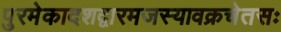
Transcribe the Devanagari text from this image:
पुरमेकादशद्वारमजस्यावक्रचेतसः